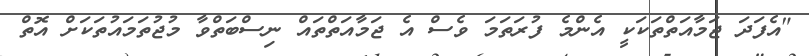
"އެފަދަ ޖަމާއަތްތަކަކީ އެންމެ ފުރަތަަމަ ވެސް އެ ޖަމާއަތްތައް ނިސްބަތްވާ މުޖުތަމައުތަކަށް އޮތް